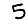
Digit: 5